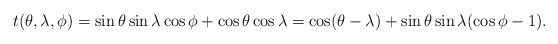
\begin{align*}t(\theta,\lambda,\phi) = \sin\theta \sin\lambda \cos\phi + \cos\theta \cos\lambda = \cos (\theta-\lambda) + \sin\theta \sin\lambda (\cos\phi-1).\end{align*}